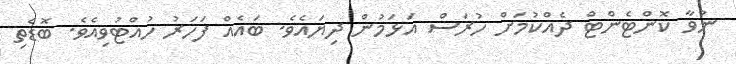
ނުވާ ކޮންޓެންޓް ދެއްކުމަށް ހުރަސް އަޅަމުން ދިޔައެވެ. ބައެއް ފަހަރު ހުއްޓުވިއެވެ. ބޮޑެތި